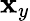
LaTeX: \mathbf{x}_{y}